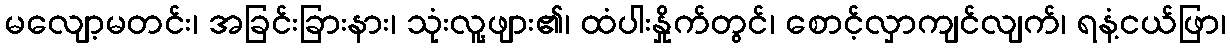
မလျော့မတင်း၊ အခြင်းခြားနား၊ သုံးလူ့ဖျား၏၊ ထံပါးနှိုက်တွင်၊ စောင့်လှာကျင်လျက်၊ ရနံ့ငယ်ဖြာ၊